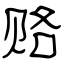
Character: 赂